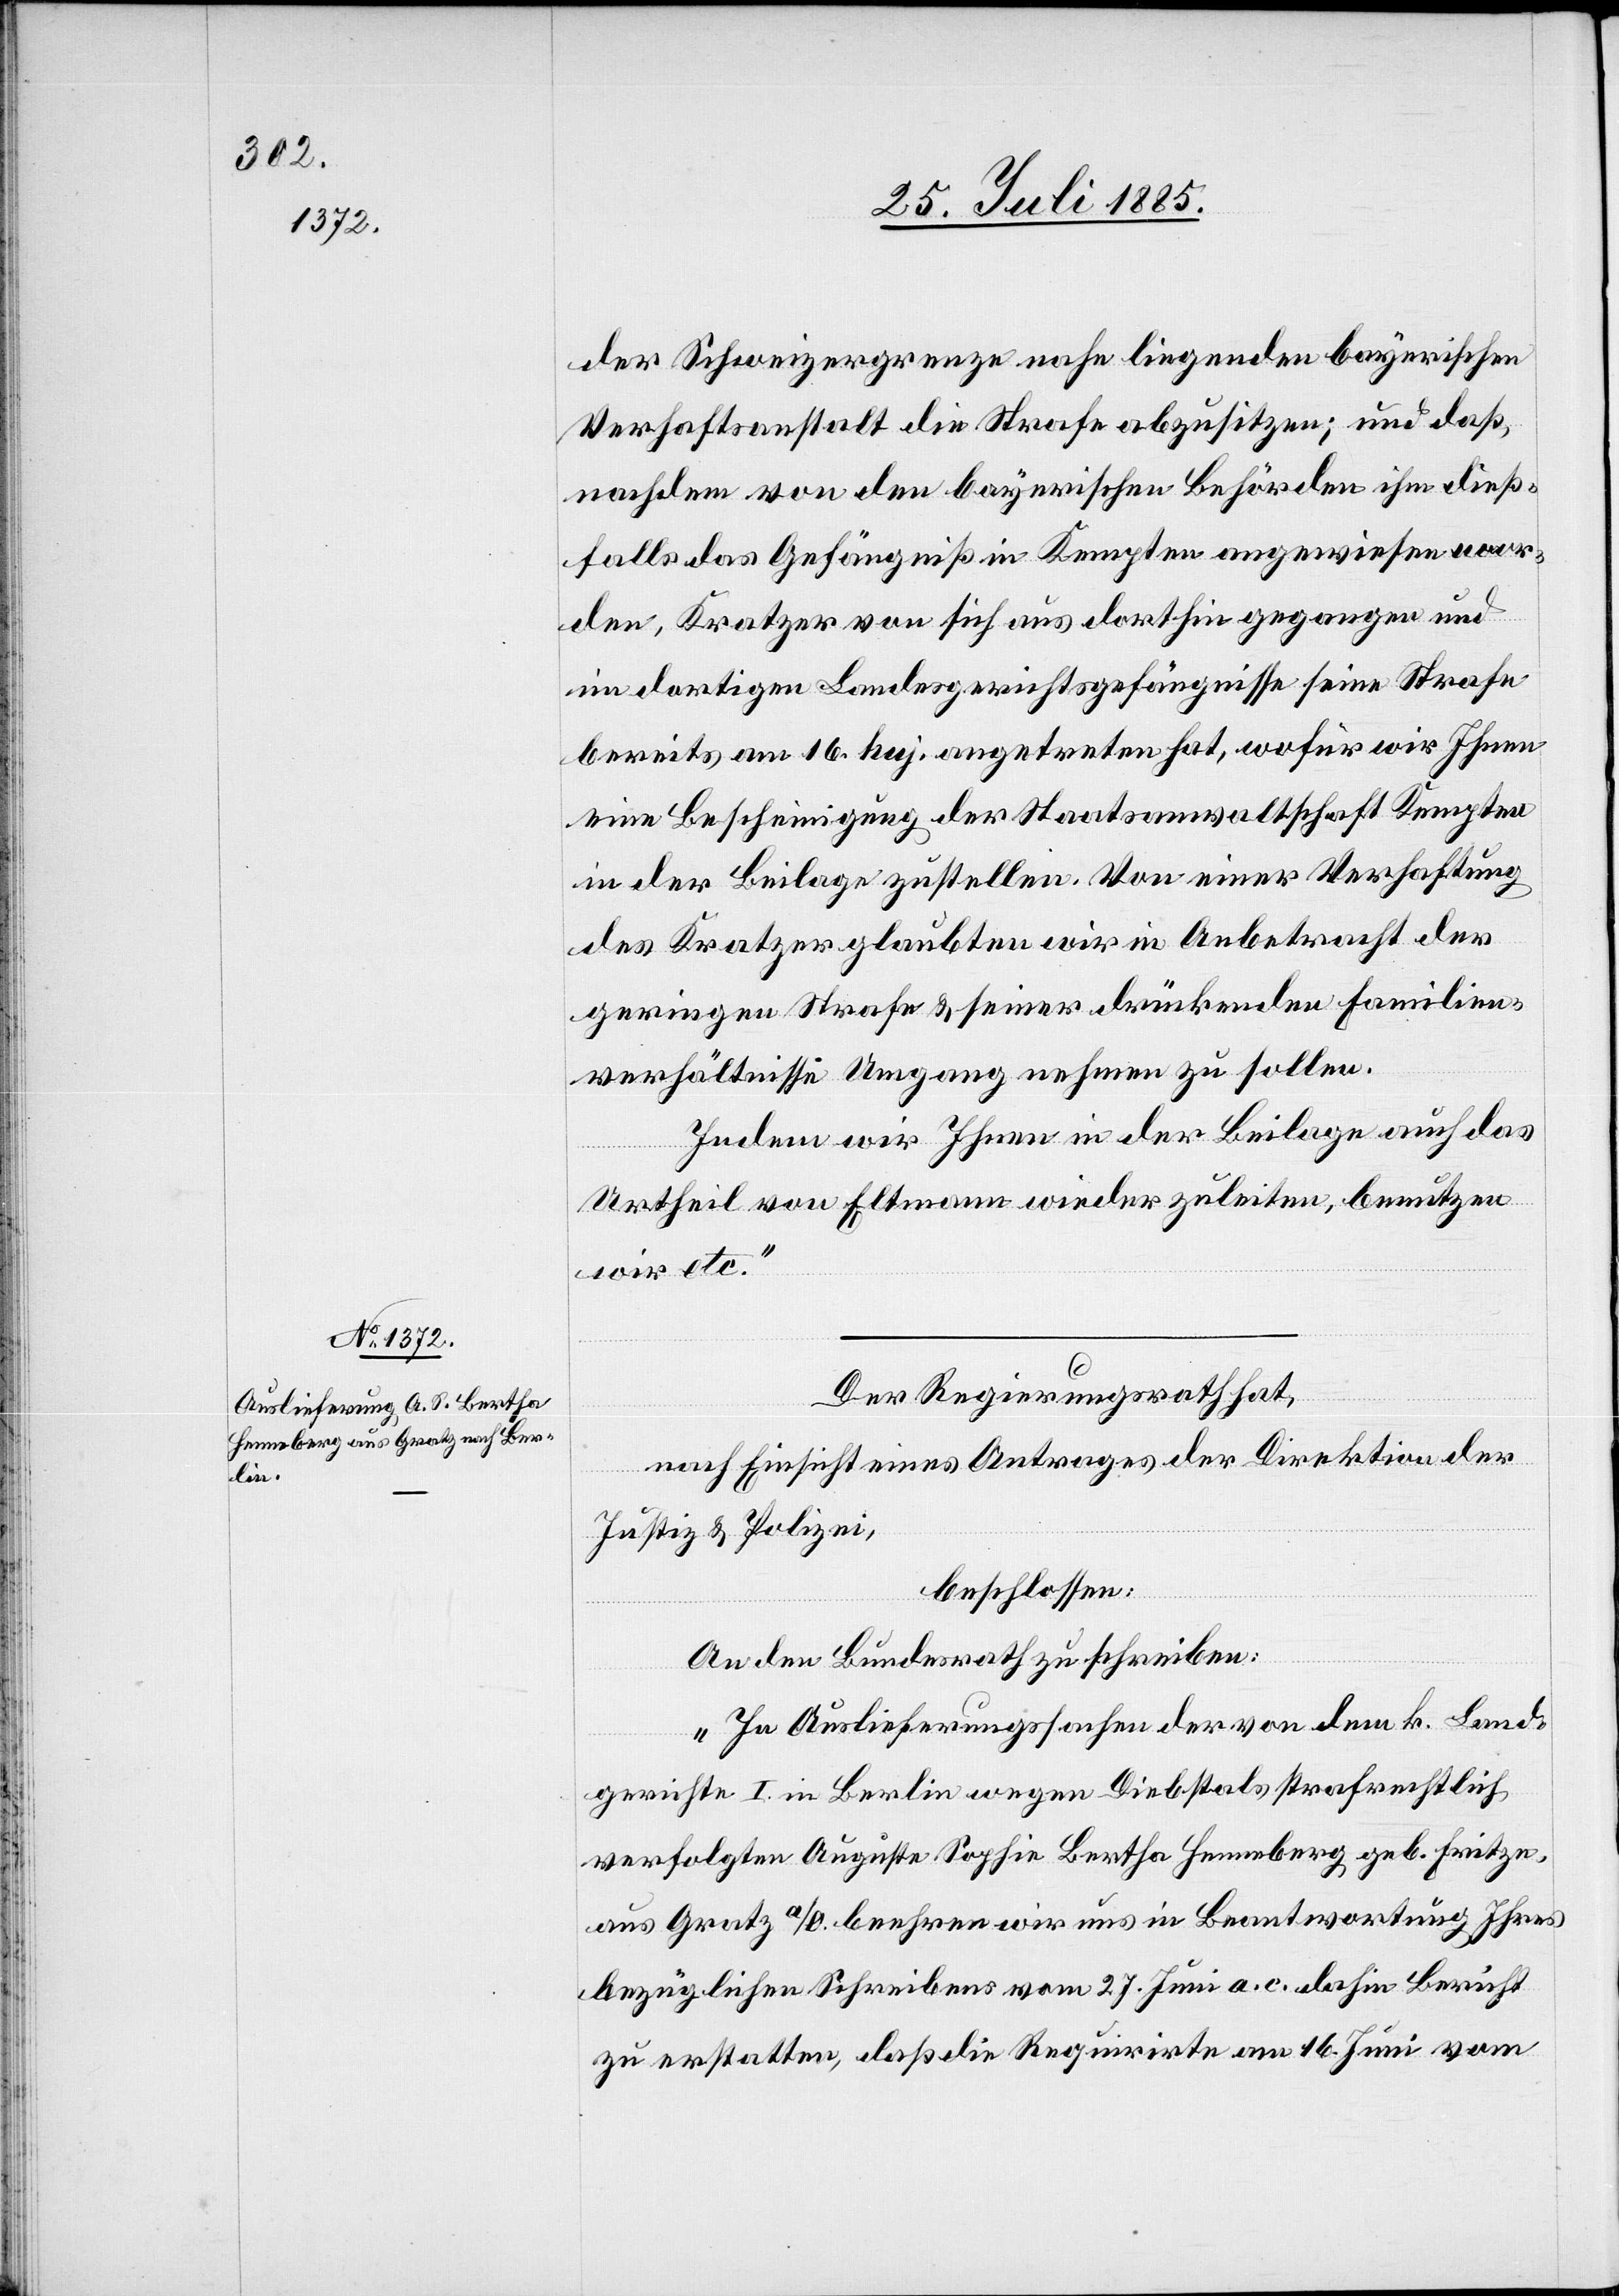
der Schweizergrenze nahe liegenden bayerischen
Verhaftsanstalt die Strafe abzusitzen; und daß,
nachdem von den bayerischen Behörden ihm dieß¬
falls das Gefängniß in Kempten angewiesen wor¬
den, Kratzer von sich aus dorthin gegangen und
im dortigen Landesgerichtsgefängnisse seine Strafe
bereits am 16. huj. angetreten hat, wofür wir Ihnen
eine Bescheinigung der Staatsanwaltschaft Kempten
in der Beilage zustellen. Von einer Verhaftung
des Kratzer glaubten wir in Anbetracht der
geringen Strafe & seiner drückenden Familien¬
verhältnisse Umgang nehmen zu sollen.
Indem wir Ihnen in der Beilage auch das
Urtheil von Eltmann wieder zuleiten, benutzen
wir etc.“
Der Regierungsrath hat,
nach Einsicht eines Antrages der Direktion der
Justiz & Polizei,
beschlossen:
An den Bundesrath zu schreiben:
„In Auslieferungssachen der von dem k. Land¬
gerichte I in Berlin wegen Diebstals strafrechtlich
verfolgten Auguste Sophie Bertha Henneberg geb. Fritze,
aus Gratz a/O. beehren wir uns in Beantwortung Ihres
bezüglichen Schreibens vom 27. Juni a. c. dahin Bericht
zu erstatten, daß die Requirirte am 16. Juni vom